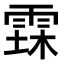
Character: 𮦐